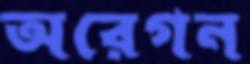
অরেগন